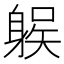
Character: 𨉛